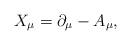
LaTeX: \begin{align*}X_{\mu } = \partial _{\mu } - A_{\mu } , \end{align*}